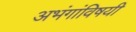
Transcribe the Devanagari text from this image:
अभंगांविषयी